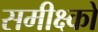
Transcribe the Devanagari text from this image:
समीक्ष्को